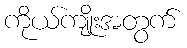
ကိုယ်ကျိုးအတွက်